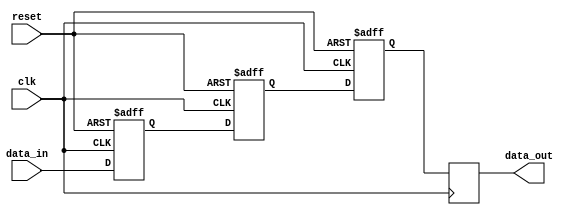
module cascade_synchronizer(
    input wire clk,
    input wire reset,
    input wire data_in,
    output reg data_out
);

reg [2:0] ff1, ff2, ff3;

always @(posedge clk or posedge reset) begin
    if (reset) begin
        ff1 <= 1'b0;
        ff2 <= 1'b0;
        ff3 <= 1'b0;
    end else begin
        ff1 <= data_in;
        ff2 <= ff1;
        ff3 <= ff2;
    end
end

always @(posedge clk) begin
    data_out <= ff3;
end

endmodule